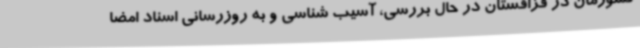
کشورمان در قزاقستان در حال بررسی، آسیب شناسی و به روزرسانی اسناد امضا